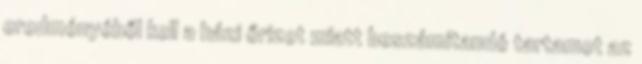
eredményéből kell a házi őrizet miatt beszámítandó tartamot az